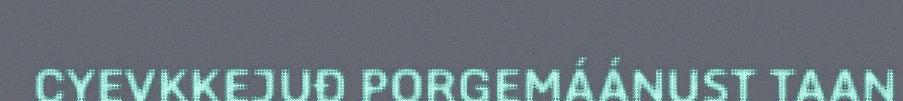
CYEVKKEJUĐ PORGEMÁÁNUST TAAN